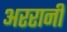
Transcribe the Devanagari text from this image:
अररानी